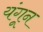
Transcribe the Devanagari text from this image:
यंगून